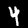
Digit: 4